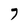
Character: 7